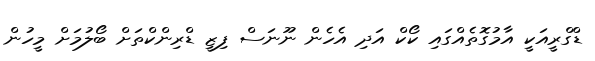
ޑްގްރީއަކީ އާމުގޮތެއްގައި ކޯކް އަދި އެހެން ނޫނަސް ފިޒީ ޑްރިންކްތަށް ބޯލުމަށް މީހުން